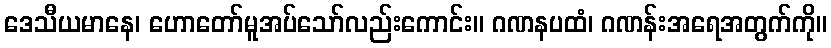
ဒေသီယမာနေ၊ ဟောတော်မူအပ်သော်လည်းကောင်း။ ဂဏနပထံ၊ ဂဏန်းအရေအတွက်ကို။